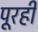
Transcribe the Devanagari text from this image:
पूरही